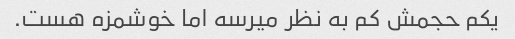
یکم حجمش کم به نظر میرسه اما خوشمزه هست.